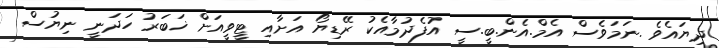
ދިޔައެވެ .ނަމަވެސް އެމް.އެން.ބީ.ސީ އުފެދުމާއެކު ރޭޑިޔޯ އަށާއި ޓީވީއަށް ޚަބަރު ހަދަނީ ނިޔުސް